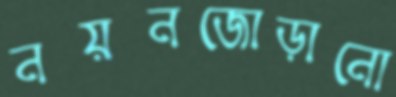
নয়নজোড়ানো